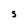
Character: S